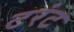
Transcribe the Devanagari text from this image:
टरंट